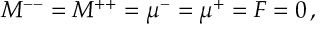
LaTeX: M ^ { -- } = M ^ { + + } = \mu ^ { - } = \mu ^ { + } = F = 0 \, ,